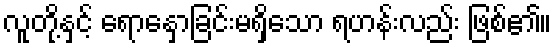
လူတို့နှင့် ရောနှောခြင်းမရှိသော ရဟန်းလည်း ဖြစ်၏။